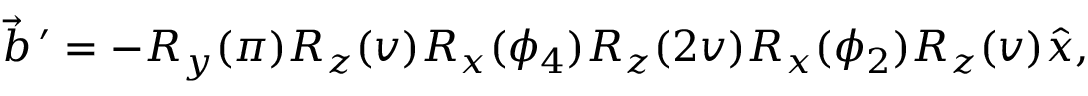
\vec { b } ^ { \, \prime } = - R _ { y } ( \pi ) R _ { z } ( v ) R _ { x } ( \phi _ { 4 } ) R _ { z } ( 2 v ) R _ { x } ( \phi _ { 2 } ) R _ { z } ( v ) \hat { x } ,